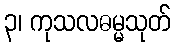
၃၊ ကုသလဓမ္မသုတ်